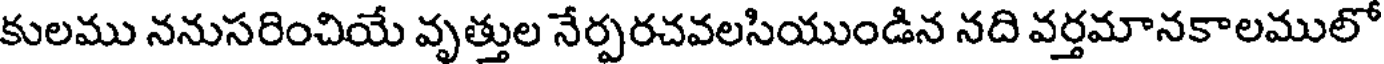
కులము ననుసరించియే వృత్తుల నేర్పరచవలసియుండిన నది వర్తమానకాలములో